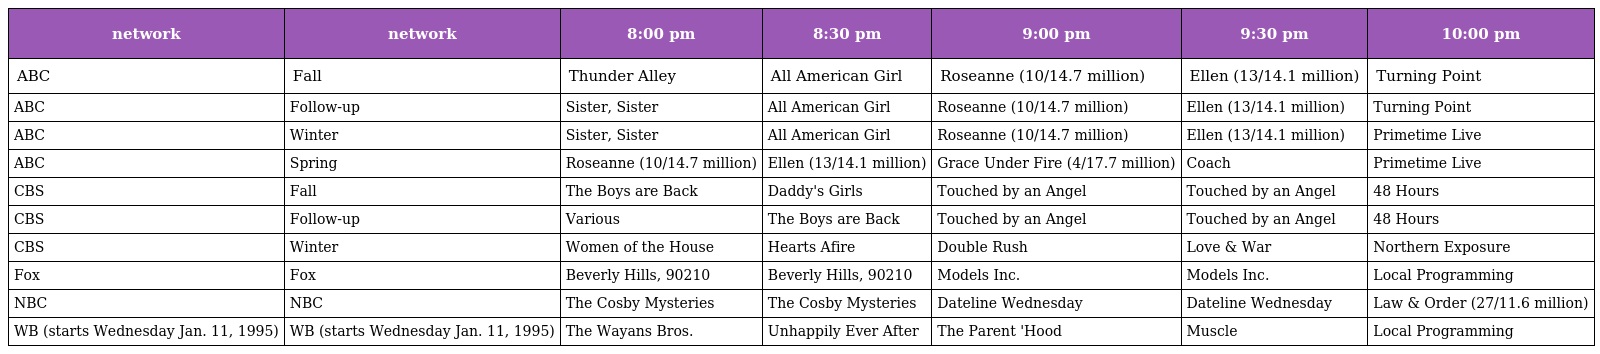
| network | network | 8:00 pm | 8:30 pm | 9:00 pm | 9:30 pm | 10:00 pm |
 | --- | --- | --- | --- | --- | --- | --- |
 | ABC | Fall | Thunder Alley | All American Girl | Roseanne (10/14.7 million) | Ellen (13/14.1 million) | Turning Point |
 | ABC | Follow-up | Sister, Sister | All American Girl | Roseanne (10/14.7 million) | Ellen (13/14.1 million) | Turning Point |
 | ABC | Winter | Sister, Sister | All American Girl | Roseanne (10/14.7 million) | Ellen (13/14.1 million) | Primetime Live |
 | ABC | Spring | Roseanne (10/14.7 million) | Ellen (13/14.1 million) | Grace Under Fire (4/17.7 million) | Coach | Primetime Live |
 | CBS | Fall | The Boys are Back | Daddy's Girls | Touched by an Angel | Touched by an Angel | 48 Hours |
 | CBS | Follow-up | Various | The Boys are Back | Touched by an Angel | Touched by an Angel | 48 Hours |
 | CBS | Winter | Women of the House | Hearts Afire | Double Rush | Love & War | Northern Exposure |
 | Fox | Fox | Beverly Hills, 90210 | Beverly Hills, 90210 | Models Inc. | Models Inc. | Local Programming |
 | NBC | NBC | The Cosby Mysteries | The Cosby Mysteries | Dateline Wednesday | Dateline Wednesday | Law & Order (27/11.6 million) |
 | WB (starts Wednesday Jan. 11, 1995) | WB (starts Wednesday Jan. 11, 1995) | The Wayans Bros. | Unhappily Ever After | The Parent 'Hood | Muscle | Local Programming |